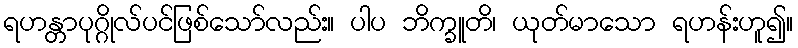
ရဟန္တာပုဂ္ဂိုလ်ပင်ဖြစ်သော်လည်း။ ပါပ ဘိက္ခူတိ၊ ယုတ်မာသော ရဟန်းဟူ၍။